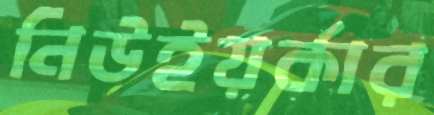
নিউইয়র্কার